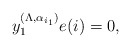
\begin{align*}y_1^{(\Lambda,\alpha_{i_1})}e(i)=0,\end{align*}